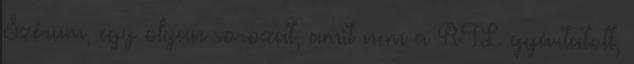
Szérum, egy olyan sorozat, amit nem a RTL gyártatott,